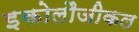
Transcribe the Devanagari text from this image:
इकोलौजीकल